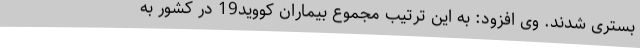
بستری شدند. وی افزود: به این ترتیب مجموع بیماران کووید19 در کشور به